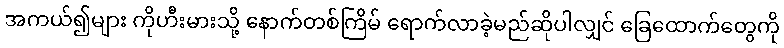
အကယ်၍များ ကိုဟီးမားသို့ နောက်တစ်ကြိမ် ရောက်လာခဲ့မည်ဆိုပါလျှင် ခြေထောက်တွေကို